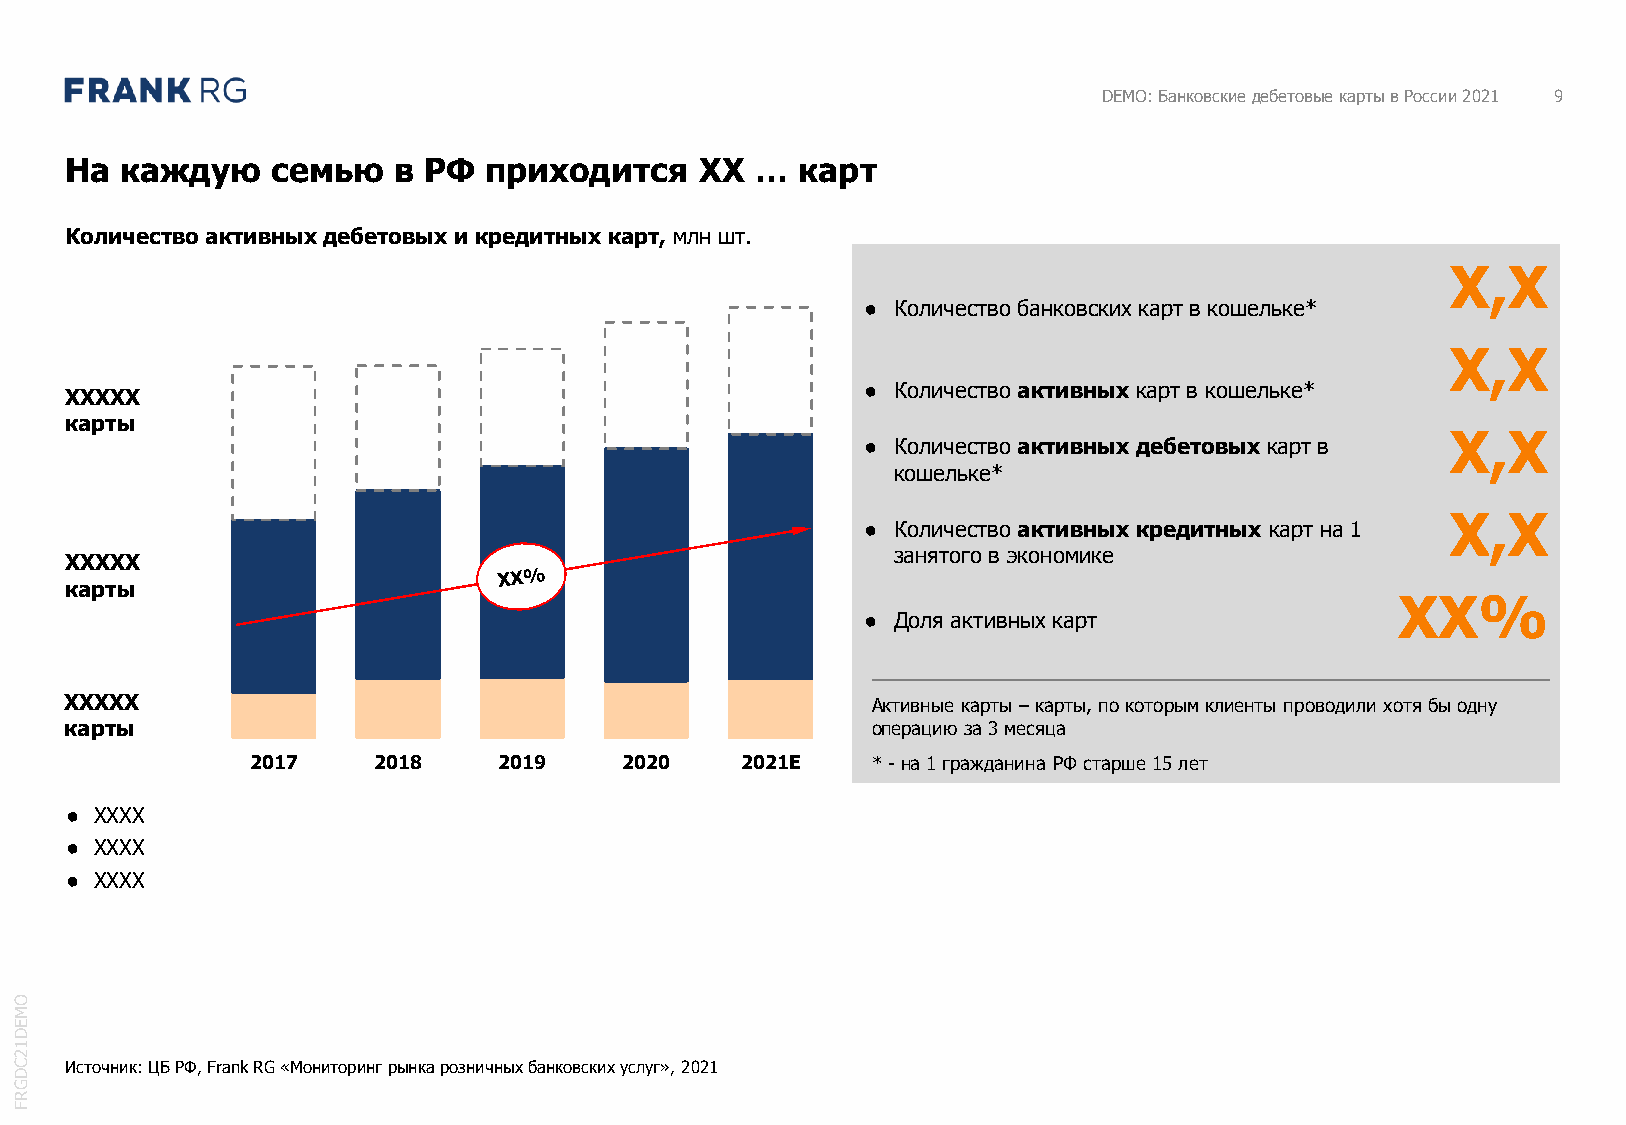
DEMO: Банковские дебетовые карты в России 2021 9
 На  каждую    семью   в РФ  приходится    XX  …  карт
 Количество активных дебетовых и кредитных карт, млн шт.
 X,X
 ● Количество банковских карт в кошельке*
 X,X
 ● Количество активных карт в кошельке*
 XXXXX
 карты
 X,X
 ● Количество активных дебетовых карт в
 кошельке*
 X,X
 ● Количество активных кредитных карт на 1
 занятого в экономике
 XXXXX
 карты
 XX%
 ● Доля активных карт
 XXXXX                                                 Активные карты –карты, по которым клиенты проводили хотя бы одну
 карты                                                 операцию за 3 месяца
 2017    2018    2019    2020    2021E    * -на 1 гражданина РФ старше 15 лет
 ● XXXX
 ● XXXX
 ● XXXX
 O
 M
 E
 D
 1
 2
 C  Источник: ЦБ РФ, FrankRG «Мониторинг рынка розничных банковских услуг», 2021
 D
 G
 R
 F